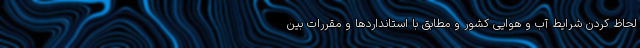
لحاظ کردن شرایط آب و هوایی کشور و مطابق با استانداردها و مقررات بین